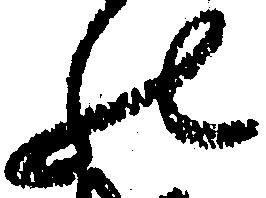
の